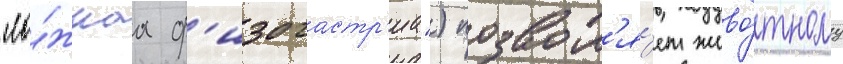
"ло́жнаа ф'изогастр'иа") позвол'я́ет живо́тному